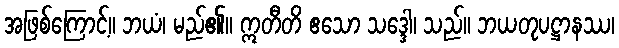
အဖြစ်ကြောင့်။ ဘယံ၊ မည်၏။ ဣတီတိ ဧသော သဒ္ဒေါ၊ သည်။ ဘယတုပဋ္ဌာနဿ၊